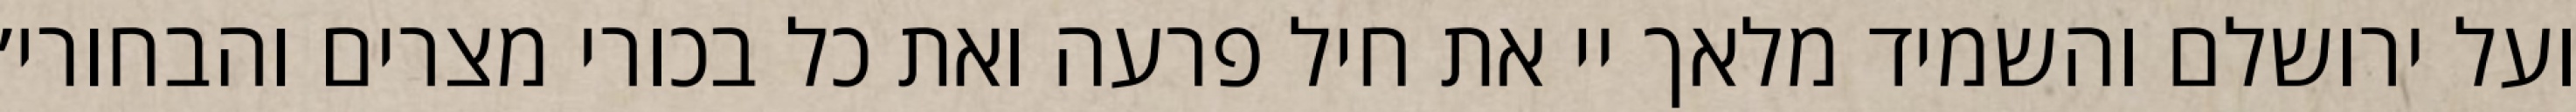
ועל ירושלם והשמיד מלאך יי את חיל פרעה ואת כל בכורי מצרים והבחורי׳